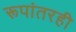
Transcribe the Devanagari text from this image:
रूपांतरही